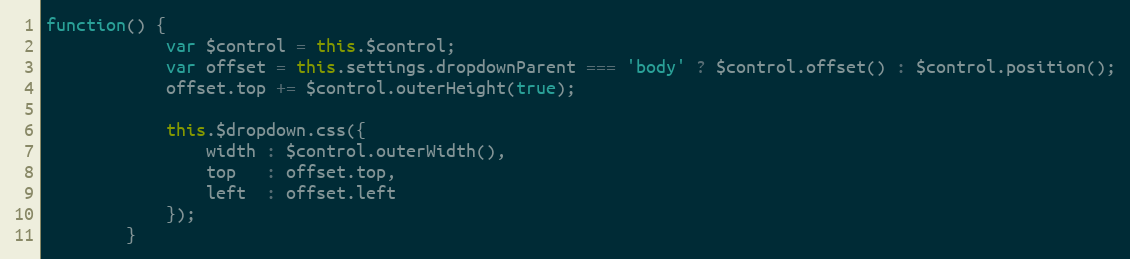
Language: JavaScript
function() {
			var $control = this.$control;
			var offset = this.settings.dropdownParent === 'body' ? $control.offset() : $control.position();
			offset.top += $control.outerHeight(true);

			this.$dropdown.css({
				width : $control.outerWidth(),
				top   : offset.top,
				left  : offset.left
			});
		}